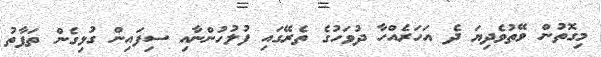
މިގޮތުން ވޭތުވެދިޔަ ދެ އަހަރެއްހާ ދުވަހުގެ ތެރޭގައި ފުލުހުންނާއި ސިފައިން ގުޅިގެން ތަފާތު